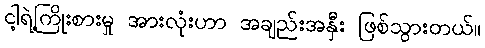
ငါ့ရဲ့ကြိုးစားမှု အားလုံးဟာ အချည်းအနှီး ဖြစ်သွားတယ်။